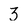
Character: 3